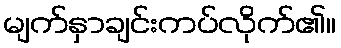
မျက်နှာချင်းကပ်လိုက်၏။